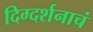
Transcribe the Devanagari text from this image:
दिग्दर्शनाचं